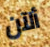
ألآن